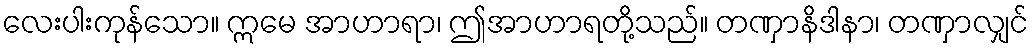
လေးပါးကုန်သော။ ဣမေ အာဟာရာ၊ ဤအာဟာရတို့သည်။ တဏှာနိဒါနာ၊ တဏှာလျှင်